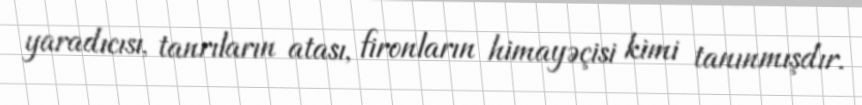
yaradıcısı, tanrıların atası, fironların himayəçisi kimi tanınmışdır.